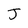
Character: J